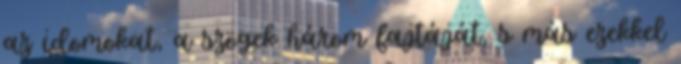
az idomokat, a szögek három fajtáját, s más ezekkel